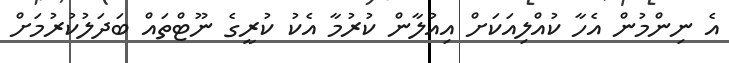
އެ ނިންމުން އެހާ ކުއްލިއަކަށް އިއުލާން ކުރުމާ އެކު ކުރީގެ ނޫޓްތައް ބަދަލުކުރުމަށް